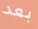
بعد